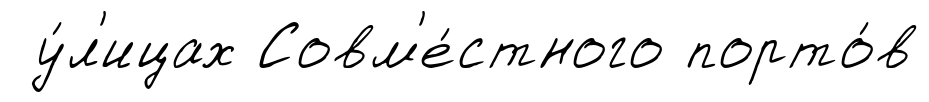
у́л'ицах Совм'е́стного порто́в